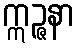
ဣဉ္ဇနာ